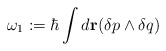
\begin{align*}\omega_1:= \hbar\int d{\bf r}(\delta p\wedge \delta q)\end{align*}